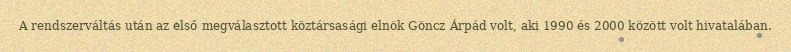
A rendszerváltás után az első megválasztott köztársasági elnök Göncz Árpád volt, aki 1990 és 2000 között volt hivatalában.